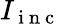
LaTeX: I_{\mathrm{~i~n~c~}}